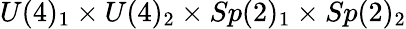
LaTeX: U(4)_{1}\times U(4)_{2}\times Sp(2)_{1}\times Sp(2)_{2}